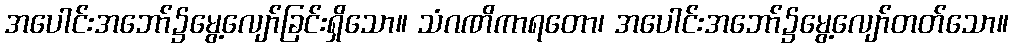
အပေါင်းအဘော်၌မွေ့လျော်ခြင်းရှိသော။ သံဂဏိကာရတော၊ အပေါင်းအဘော်၌မွေ့လျော်တတ်သော။